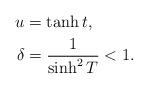
LaTeX: \begin{align*}u &= \tanh{t},\\\delta &=\frac{1}{\sinh^2{T}}<1.\end{align*}